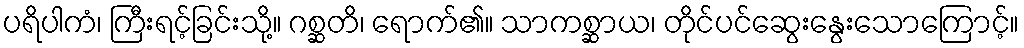
ပရိပါကံ၊ ကြီးရင့်ခြင်းသို့။ ဂစ္ဆတိ၊ ရောက်၏။ သာကစ္ဆာယ၊ တိုင်ပင်ဆွေးနွေးသောကြောင့်။